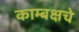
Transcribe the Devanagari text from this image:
काम्बक्षचे